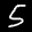
Label: 5